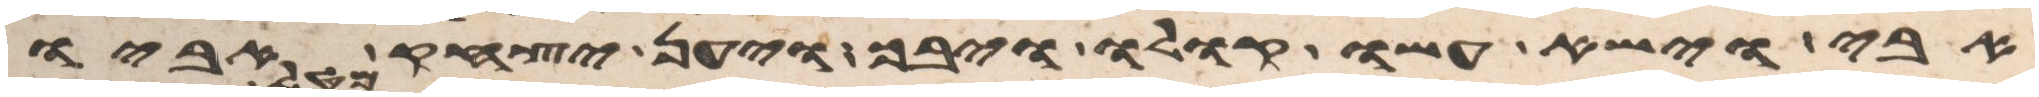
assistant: אבי וישא עשו קולו ויבך ויען יצחק אביו